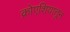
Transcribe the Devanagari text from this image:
क्रोएशियातून